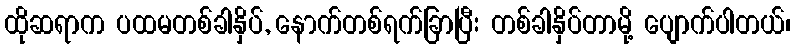
ထိုဆရာက ပထမတစ်ခါနှိပ်, နောက်တစ်ရက်ခြာပြီး တစ်ခါနှိပ်တာမို့ ပျောက်ပါတယ်၊